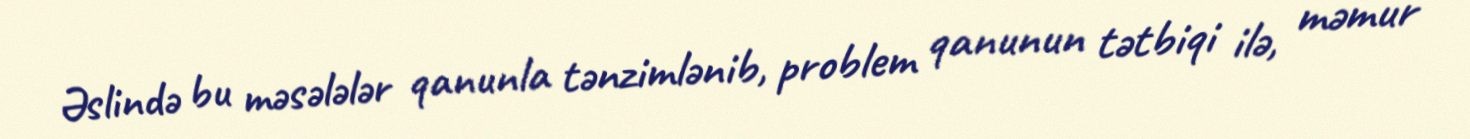
Əslində bu məsələlər qanunla tənzimlənib, problem qanunun tətbiqi ilə, məmur